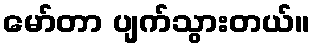
မော်တာ ပျက်သွားတယ်။